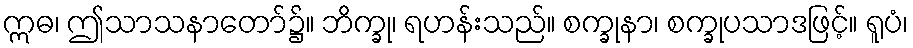
ဣဓ၊ ဤသာသနာတော်၌။ ဘိက္ခု၊ ရဟန်းသည်။ စက္ခုနာ၊ စက္ခုပသာဒဖြင့်။ ရူပံ၊